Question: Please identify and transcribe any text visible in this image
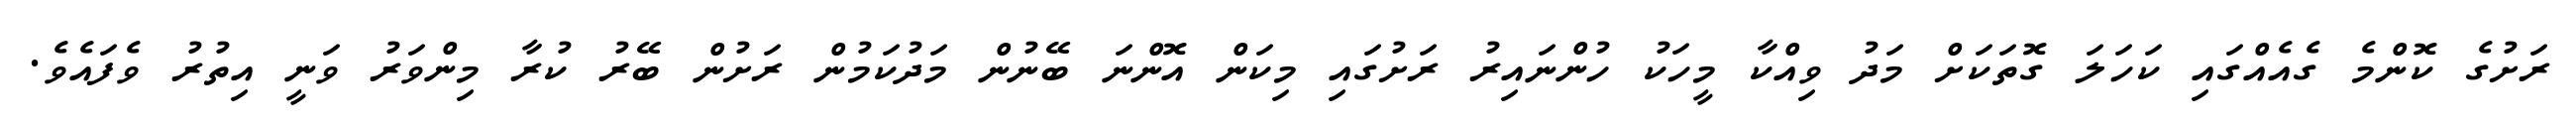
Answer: ރަށުގެ ކޮންމެ ގެއެއްގައި ކަހަލަ ގޮތަކަށް މަދު ވިއްކާ މީހަކު ހުންނައިރު ރަށުގައި މިކަން އޮންނަ ބޭނުން މަދުކަމުން ރަށުން ބޭރު ކުރާ މިންވަރު ވަނީ އިތުރު ވެފައެވެ.